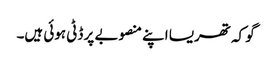
گو کہ تھریسا اپنے منصوبے پر ڈٹی ہوئی ہیں۔